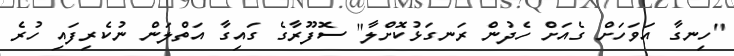
"ހިނގާ އަވަހަށް ގެއަށް ހެދުން ރަނގަޅުކޮށްލާ" ސޮފޫރާގެ ގައިގާ އަތްލަން ނުކެރިފައި ހުރެ